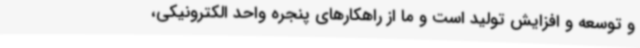
و توسعه و افزایش تولید است و ما از راهکارهای پنجره واحد الکترونیکی،